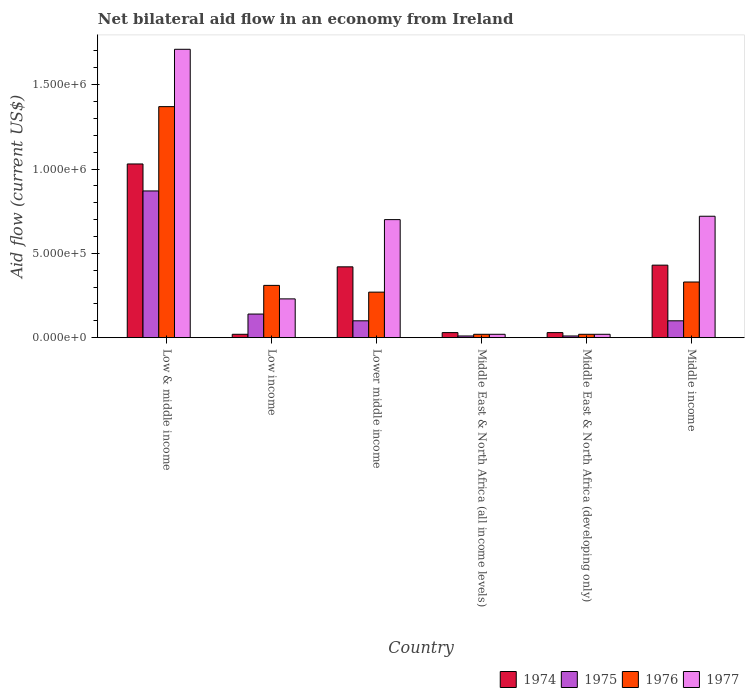
| Country | 1974 | 1975 | 1976 | 1977 |
 | --- | --- | --- | --- | --- |
 | Low & middle income | 1.03e+06 | 8.7e+05 | 1.37e+06 | 1.71e+06 |
 | Low income | 2e+04 | 1.4e+05 | 3.1e+05 | 2.3e+05 |
 | Lower middle income | 4.2e+05 | 1e+05 | 2.7e+05 | 7e+05 |
 | Middle East & North Africa (all income levels) | 3e+04 | 1e+04 | 2e+04 | 2e+04 |
 | Middle East & North Africa (developing only) | 3e+04 | 1e+04 | 2e+04 | 2e+04 |
 | Middle income | 4.3e+05 | 1e+05 | 3.3e+05 | 7.2e+05 |